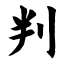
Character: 判